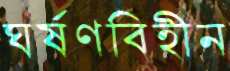
ঘর্ষণবিহীন